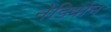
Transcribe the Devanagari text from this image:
नेडियोन